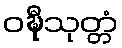
ဝဍ္ဎီသုတ္တံ